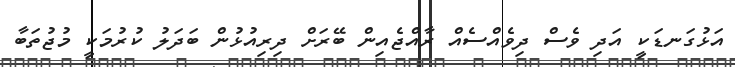
އަޅުގަނޑަކީ އަދި ވެސް ދިވެއްސެއް ރާއްޖެއިން ބޭރަށް ދިރިއުޅުން ބަދަލު ކުރުމަކީ މުޖުތަބާ